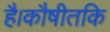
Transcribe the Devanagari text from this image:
है।कौषीतकि